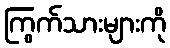
ကြွက်သားများကို